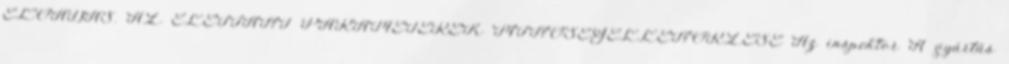
ELŐADÁS. AZ ÉLETTANI PARAMÉTEREK MINŐSÉGELLENŐRZÉSE Az inspektor A gyártás